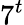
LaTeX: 7^{t}